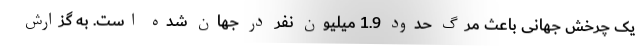
یک چرخش جهانی باعث مرگ حدود 1.9 میلیون نفر در جهان شده است. به گزارش